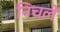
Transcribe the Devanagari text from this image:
निचले